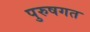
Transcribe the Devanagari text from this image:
पुरुषगत